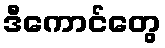
ဒီကောင်တွေ